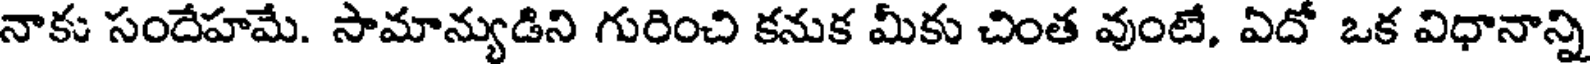
నాకు సందేహమే. సామాన్యుడిని గురించి కనుక మీకు చింత వుంటే, ఏదో ఒక విధానాన్ని